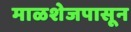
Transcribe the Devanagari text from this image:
माळशेजपासून